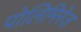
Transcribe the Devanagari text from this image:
पोलिमिरेज